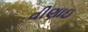
વીણાઇ